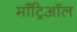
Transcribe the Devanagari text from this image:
माँट्रिऑल